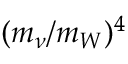
( m _ { \nu } / m _ { W } ) ^ { 4 }